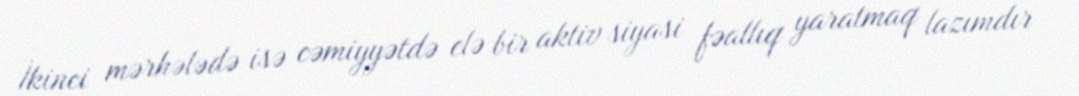
İkinci mərhələdə isə cəmiyyətdə elə bir aktiv siyasi fəallıq yaratmaq lazımdır